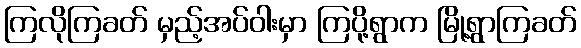
ကြလိုကြခတ် မှည့်အပ်ဝါးမှာ ကြပို့ရွာက မြို့ရွာကြခတ်